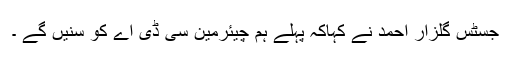
جسٹس گلزار احمد نے کہاکہ پہلے ہم چیئرمین سی ڈی اے کو سنیں گے ۔